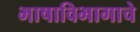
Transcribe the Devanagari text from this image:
भाषाविभागाचे